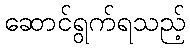
ဆောင်ရွက်ရသည့်